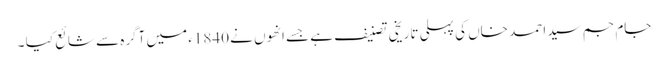
جام جم سید احمد خاں کی پہلی تاریخی تصنیف ہے جسے انھوں نے 1840ء میں آگرہ سے شائع کیا ۔